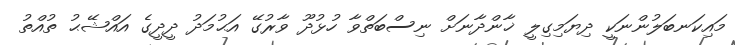
މައިކަނބަލުންނަކީ ދިޔަމިގިލީ ޚާންދާނަށް ނިސްބަތްވާ ހުޅުދޫ ވާރުގޭ އަޙުމަދު ދީދީގެ އައްޝޭޙު ތުއްތު